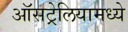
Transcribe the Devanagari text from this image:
ऑसट्रेलियामध्ये